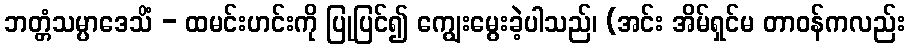
ဘတ္တံသမ္ပာဒေသိံ - ထမင်းဟင်းကို ပြုပြင်၍ ကျွေးမွေးခဲ့ပါသည်၊ (အင်း အိမ်ရှင်မ တာဝန်ကလည်း